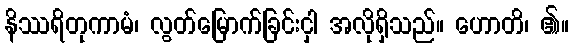
နိဿရိတုကာမံ၊ လွတ်မြောက်ခြင်းငှါ အလိုရှိသည်။ ဟောတိ၊ ၏။